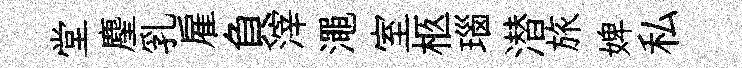
堂麈乳雇負滓澠室柩瑙潜旅婢私